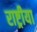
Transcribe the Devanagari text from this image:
राष्ट्रीया